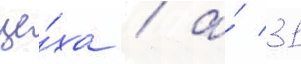
це́ха / а́ 31